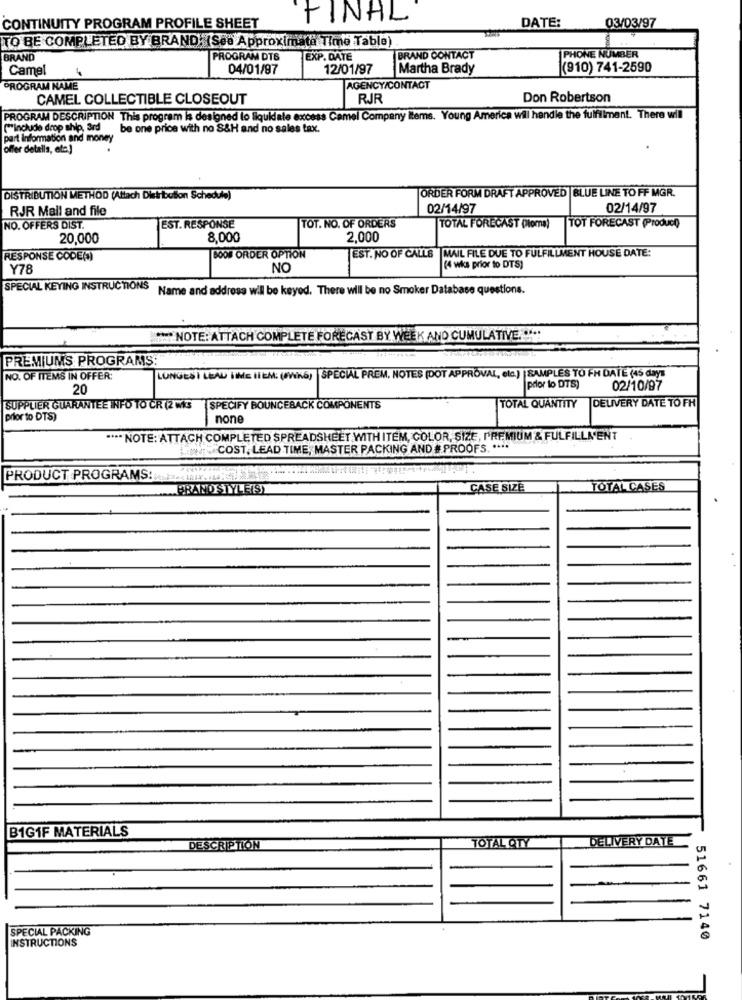
FINAL
DATE:
CONTINUITY PROGRAM PROFILE SHEET
03/03/97
TO BE COMPLETED BY BRAND: (See Approximate Time Table)
BRAND
PROGRAM DTS
EXP. DATE
BRAND CONTACT
PHONE NUMBER
Camel
04/01/97
12/01/97
Martha Brady
(910) 741-2590
PROGRAM NAME
AGENCY/CONTACT
CAMEL COLLECTIBLE CLOSEOUT
RJR
Don Robertson
PROGRAMM DESCRIPTION This program is designed to liquidate excess Camel Company items. Young America will handle the fulfillment. There will
C'include drop ship, ard be one price with no S&H and no sales tax.
part information and money
offer details, etc.]
DISTRIBUTION METHOD (Allach Distribution Schedule)
ORDER FORM DRAFT APPROVED BLUE LINE TO FF MGR.
RJR Mall and file
02/14/97
02/14/97
EST. RESPONSE
TOT. NO. OF ORDERS
NO. OFFERS DIST.
TOTAL FORECAST (loma)
TTOT FORECAST (Product)
20,000
8,000
2,000
RESPONSE CODE(S)
BOOB ORDER OPTION
EST. NO OF CALLS |MAIL FILE DUE TO FULFILLMENT HOUSE DATE:
Y78
NO
(4 wika prior to DTS)
SPECIAL KEYING INSTRUCTIONS
Name and address will be keyed. There will be no Smoker Database questions.
" NOTE: ATTACH COMPLETE FORECAST BY WEEK AND CUMULATIVE ..!!!
PREMIUMS PROGRAMS:
NO. OF ITEMS IN OFFER:
LUNGES İ LEAL ilME IIEM: (4WK6) |SPECIAL PREM. NOTES [DOT APPROVAL, elc.) | SAMPLES TO FH DATE (45 days
20
pdor to DTS)
02/10/97
TOTAL QUANTITY DELIVERY DATE TO FH
SUPPLIER GUARANTEE INFO TO CR (2 wis SPECIFY BOUNCEBACK COMPONENTS
prior to DTS)
none
**** NOTE: ATTACH COMPLETED SPREADSHEET WITH ITEM, COLOR, SIZE, PREMIUM & FULFILLMENT
COST, LEAD TIME, MASTER PACKING AND # PROOFS. ....
PRODUCT PROGRAMS:
BRAND STYLE(S)
CASE SIZE
TOTAL CASES
B1G1F MATERIALS
TOTAL QTY
DELIVERY DATE
DESCRIPTION
SPECIAL PACKING
INSTRUCTIONS
51661 7140